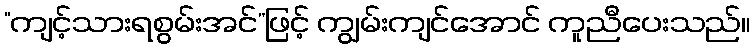
“ကျင့်သားရစွမ်းအင်”ဖြင့် ကျွမ်းကျင်အောင် ကူညီပေးသည်။